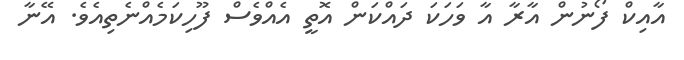
އާއިކް ފޯނުން އާރާ އާ ވަހަކަ ދައްކަން އޮތީ އެއްވެސް ފޫހިކަމެއްނެތިއެވެ. އޭނާ